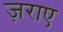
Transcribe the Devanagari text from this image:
ज़राए